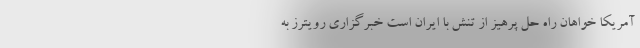
آمریکا خواهان راه حل پرهیز از تنش با ایران است خبرگزاری رویترز به